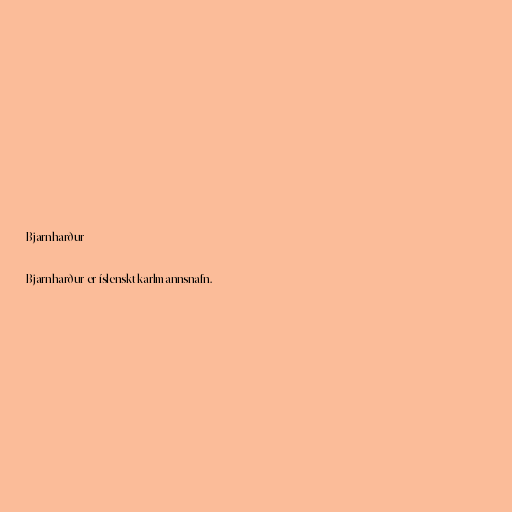
Bjarnharður

Bjarnharður er íslenskt karlmannsnafn.